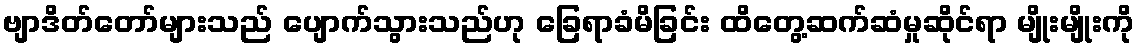
ဗျာဒိတ်တော်များသည် ပျောက်သွားသည်ဟု ခြေရာခံမိခြင်း ထိတွေ့ဆက်ဆံမှုဆိုင်ရာ မျိုးမျိုးကို